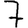
Digit: 7